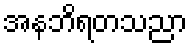
အနဘိရတသညာ